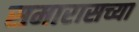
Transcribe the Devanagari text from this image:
समारासच्या